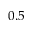
0 . 5